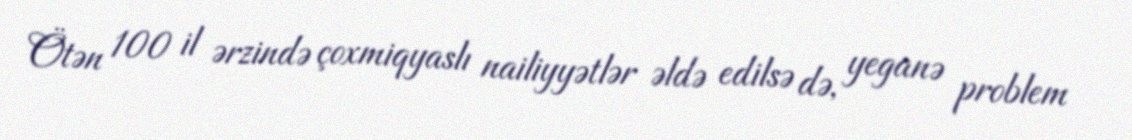
Ötən 100 il ərzində çoxmiqyaslı nailiyyətlər əldə edilsə də, yeganə problem